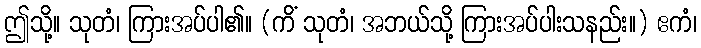
ဤသို့။ သုတံ၊ ကြားအပ်ပါ၏။ (ကိံ သုတံ၊ အဘယ်သို့ ကြားအပ်ပါးသနည်း။) ဧကံ၊